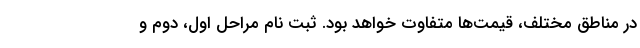
در مناطق مختلف، قیمت‌ها متفاوت خواهد بود. ثبت نام مراحل اول، دوم و